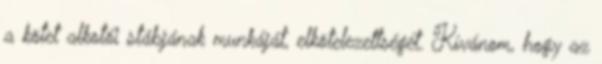
a kötet alkotói stábjának munkáját, elkötelezettségét. Kívánom, hogy az